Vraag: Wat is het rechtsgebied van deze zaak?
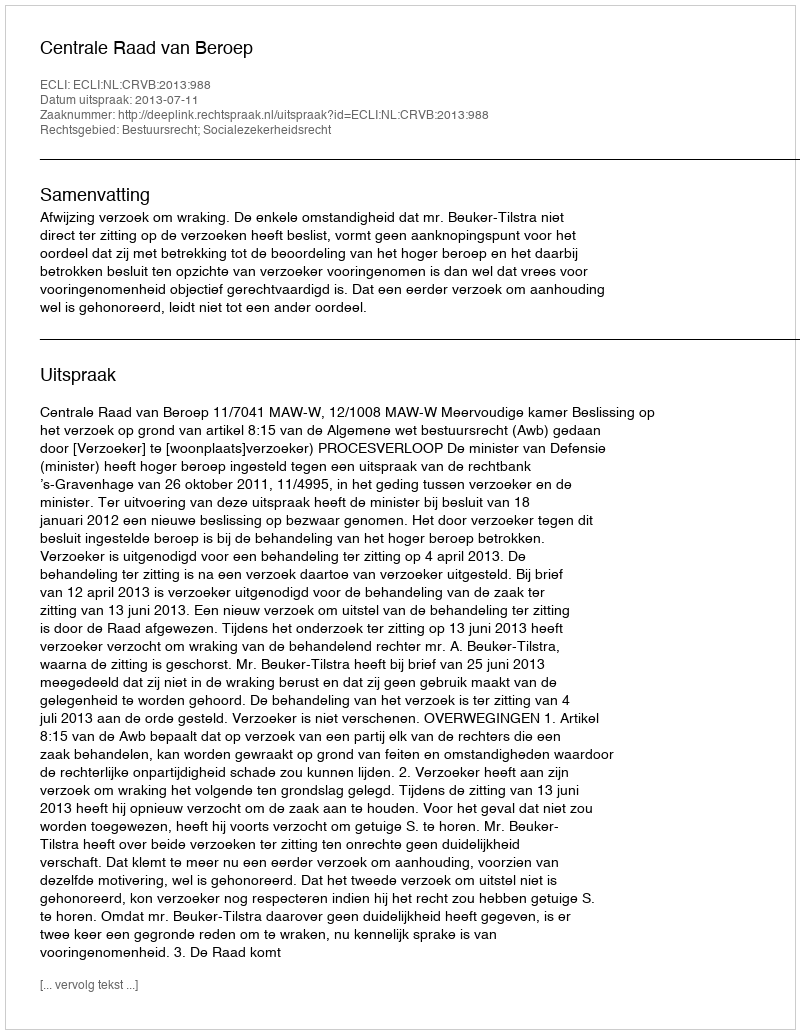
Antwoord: Bestuursrecht; Socialezekerheidsrecht